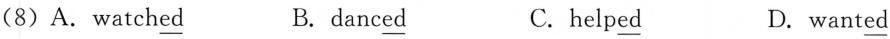
(8)A.watch\underline{ed} B. danc\underline{ed} C.help\underline{ed} D. want\underline{ed}